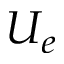
U _ { e }